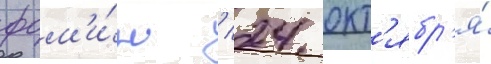
фом'и́н / 24 окт'ябр'я́